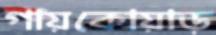
গায়কোয়াড়